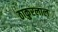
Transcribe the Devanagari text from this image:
ठाकुरलाल